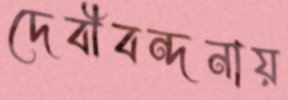
দেবীবন্দনায়